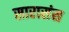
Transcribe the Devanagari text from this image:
सारासंस